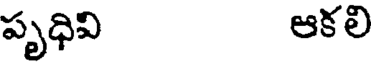
పృధివి ఆకలి